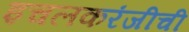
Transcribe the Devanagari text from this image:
इचलकरंजीची